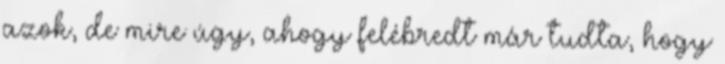
azok, de mire úgy, ahogy felébredt már tudta, hogy